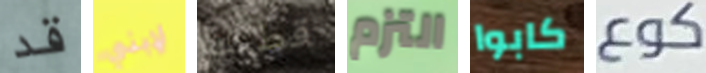
قد لإبني قطتك التزم كابوا كوع